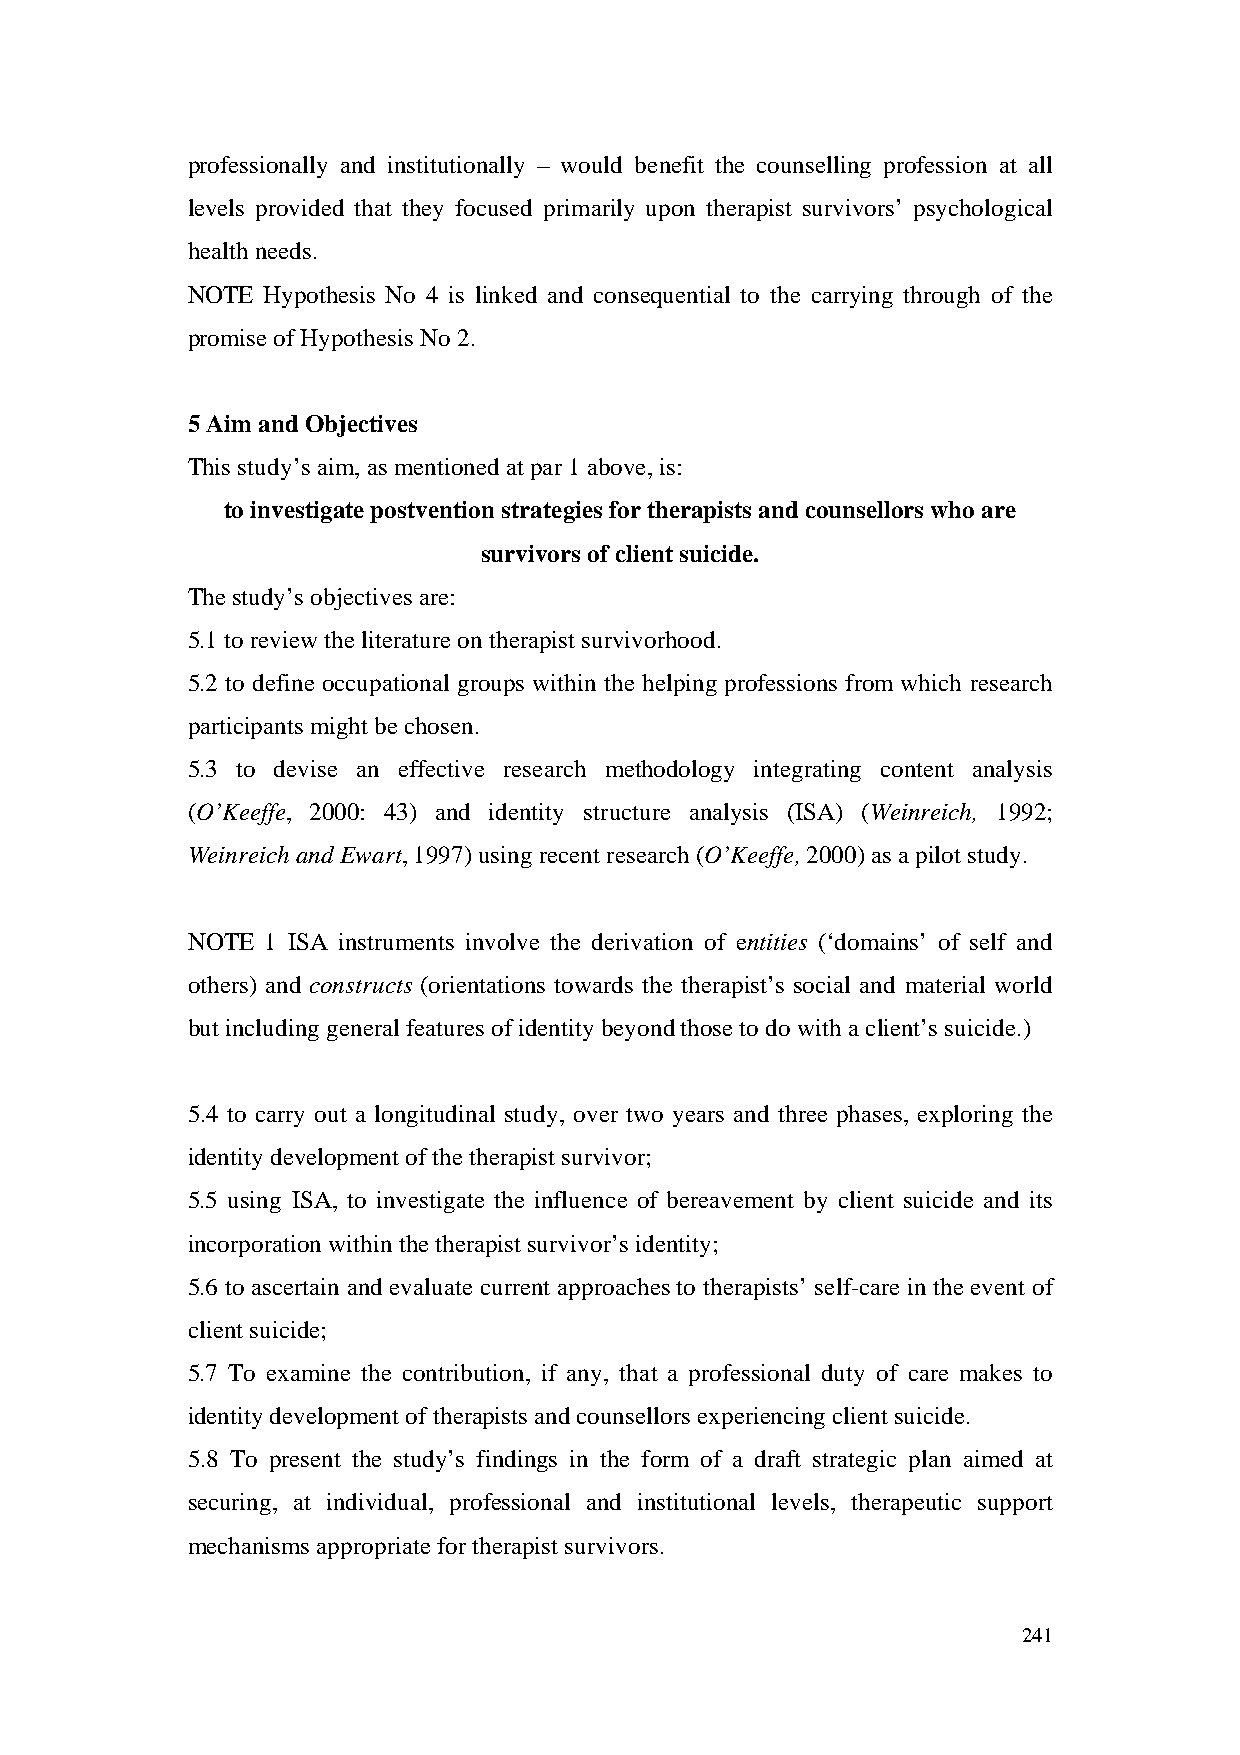
professionally and institutionally – would benefit the counselling profession at all
 levels provided that they focused primarily upon therapist survivors’ psychological
 health needs.
 NOTE Hypothesis No 4 is linked and consequential to the carrying through of the
 promise of Hypothesis No 2.
 5 Aim and Objectives
 This study’s aim, as mentioned at par 1 above, is:
 to investigate postvention strategies for therapists and counsellors who are
 survivors of client suicide.
 The study’s objectives are:
 5.1 to review the literature on therapist survivorhood.
 5.2 to define occupational groups within the helping professions from which research
 participants might be chosen.
 5.3 to devise an effective research methodology integrating content analysis
 (O’Keeffe, 2000: 43) and identity structure analysis (ISA) (Weinreich, 1992;
 Weinreich and Ewart, 1997) using recent research (O’Keeffe, 2000) as a pilot study.
 NOTE  1 ISA instruments involve the derivation of entities (‘domains’ of self and
 others) and constructs (orientations towards the therapist’s social and material world
 but including general features of identity beyond those to do with a client’s suicide.)
 5.4 to carry out a longitudinal study, over two years and three phases, exploring the
 identity development of the therapist survivor;
 5.5 using ISA, to investigate the influence of bereavement by client suicide and its
 incorporation within the therapist survivor’s identity;
 5.6 to ascertain and evaluate current approaches to therapists’ self-care in the event of
 client suicide;
 5.7 To examine the contribution, if any, that a professional duty of care makes to
 identity development of therapists and counsellors experiencing client suicide.
 5.8 To present the study’s findings in the form of a draft strategic plan aimed at
 securing, at individual, professional and institutional levels, therapeutic support
 mechanisms appropriate for therapist survivors.
 241